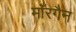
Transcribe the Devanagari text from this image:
मॉरगैन